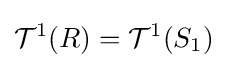
{\mathcal {T}}^{1}(R)={\mathcal {T}}^{1}(S_{1})